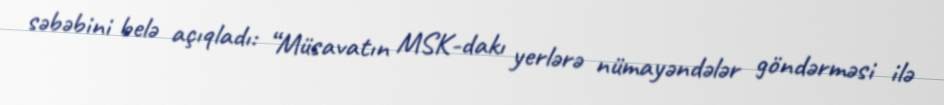
səbəbini belə açıqladı: “Müsavatın MSK-dakı yerlərə nümayəndələr göndərməsi ilə